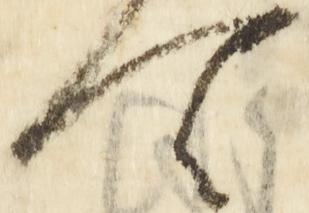
可